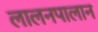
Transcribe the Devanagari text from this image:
लालनपालान